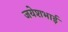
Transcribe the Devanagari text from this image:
जयेशभाई